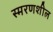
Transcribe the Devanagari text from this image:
स्मरणशील